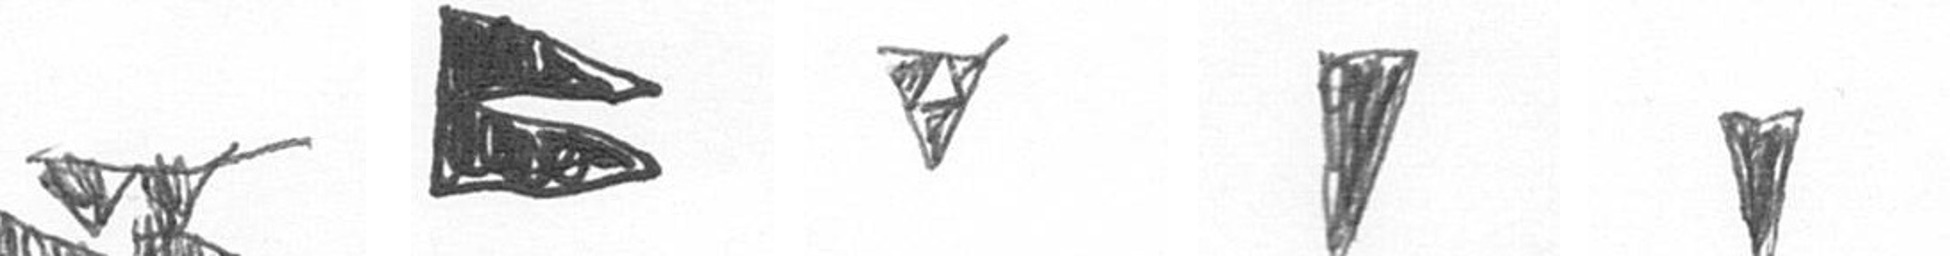
B P S J J